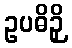
ဥပဓိဉှိ